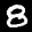
Label: 8